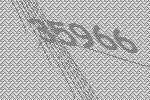
35966